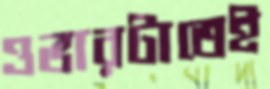
ওভারটাতেই